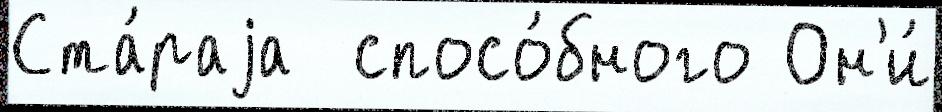
Ста́раjа  спосо́бного Он'и́